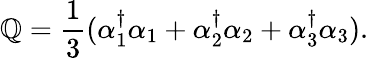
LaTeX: \mathbb{Q}=\frac{{1}}{{3}}(\alpha_{1}^{\dagger}\alpha_{1}+\alpha_{2}^{\dagger}\alpha_{2}+\alpha_{3}^{\dagger}\alpha_{3}).